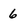
Character: 6